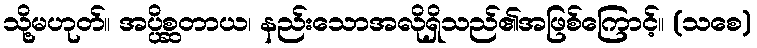
သို့မဟုတ်။ အပ္ပိစ္ဆတာယ၊ နည်းသောအလိုရှိသည်၏အဖြစ်ကြောင့်။ (သစေ)